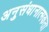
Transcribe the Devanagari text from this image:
अनुसंधानात्मकता